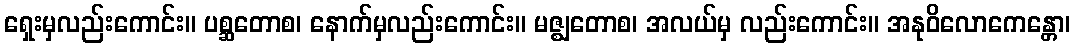
ရှေးမှလည်းကောင်း။ ပစ္ဆတောစ၊ နောက်မှလည်းကောင်း။ မဇ္ဈတောစ၊ အလယ်မှ လည်းကောင်း။ အနုဝိလောကေန္တော၊